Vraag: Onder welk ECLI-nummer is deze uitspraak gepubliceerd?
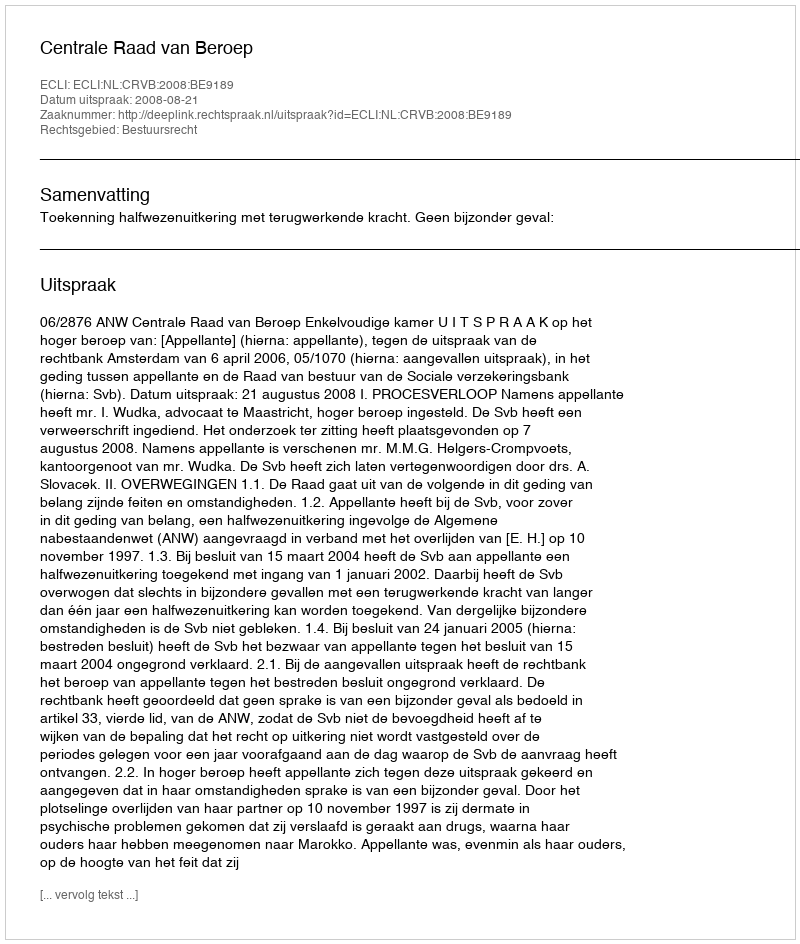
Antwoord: ECLI:NL:CRVB:2008:BE9189